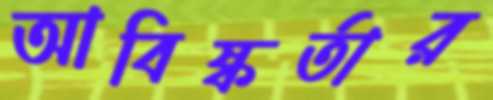
আবিষ্কর্তার